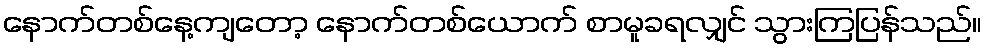
နောက်တစ်နေ့ကျတော့ နောက်တစ်ယောက် စာမူခရလျှင် သွားကြပြန်သည်။